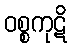
ဝစ္စကုဋိ